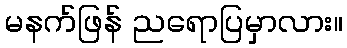
မနက်ဖြန် ညရောပြမှာလား။